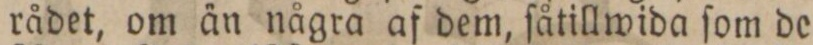
rådet, om än några af dem, ſåtillwida ſom de